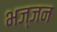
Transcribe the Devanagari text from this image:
भज्जन